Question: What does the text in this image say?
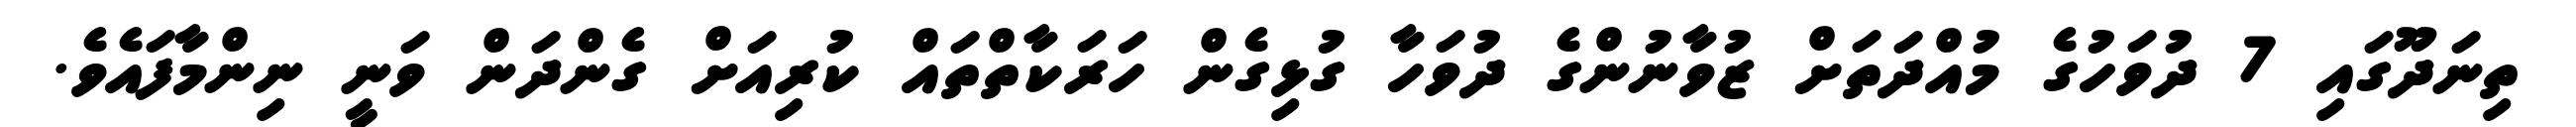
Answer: ތިނަދޫގައި 7 ދުވަހުގެ މުއްދަތަށް ޒުވާނުންގެ ދުވަހާ ގުޅިގެން ހަރަކާތްތައް ކުރިއަށް ގެންދަން ވަނީ ނިންމާފައެވެ.